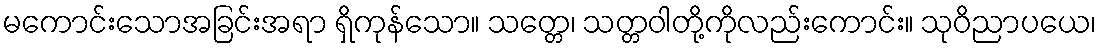
မကောင်းသောအခြင်းအရာ ရှိကုန်သော။ သတ္တေ၊ သတ္တဝါတို့ကိုလည်းကောင်း။ သုဝိညာပယေ၊